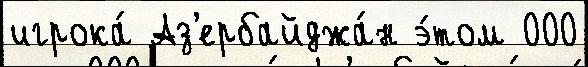
игрока́ Аз'ербайджа́н э́том 000